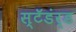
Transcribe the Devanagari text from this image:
स्टॅडंर्ड